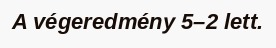
A végeredmény 5–2 lett.